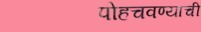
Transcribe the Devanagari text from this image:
पोहचवण्याची